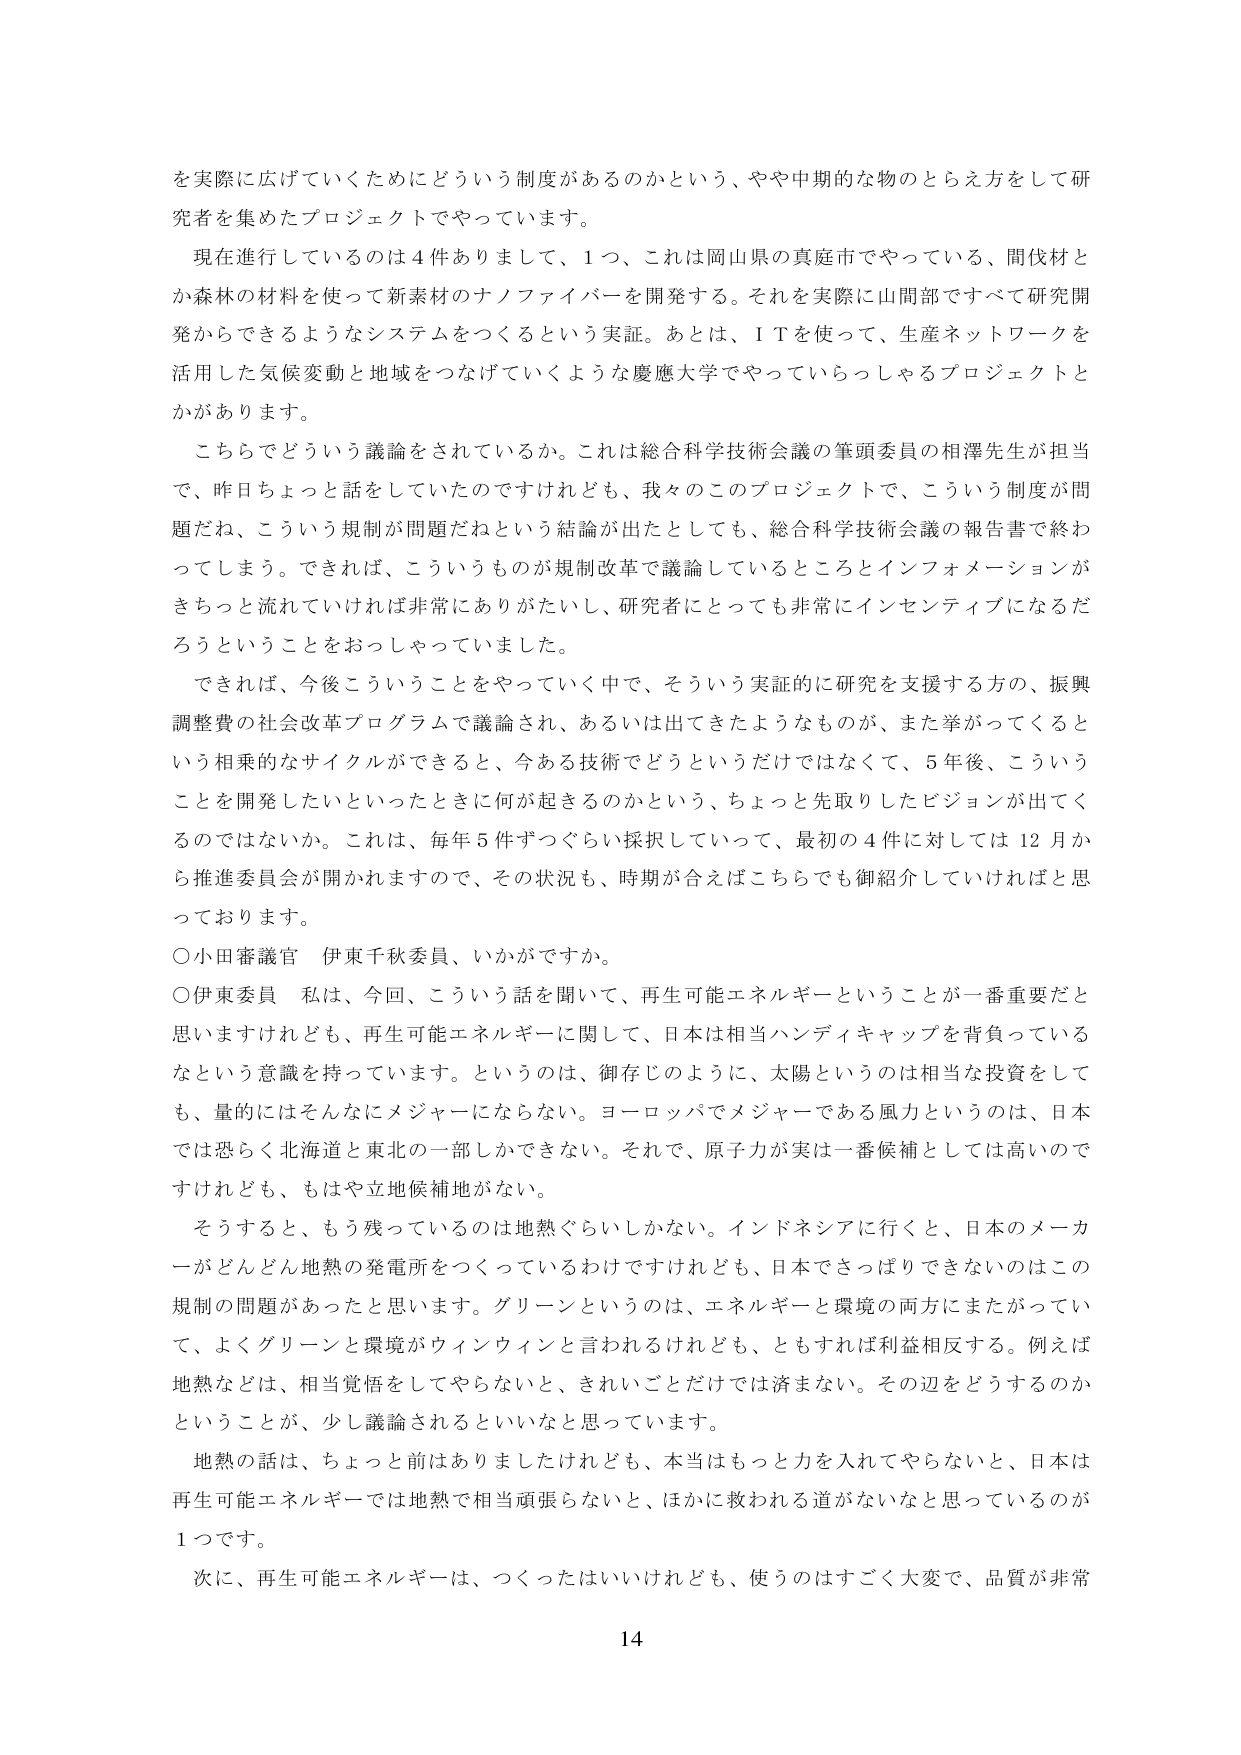
を実際に広げていくためにどういう制度があるのかという、やや中期的な物のとらえ方をして研究者を集めたプロジェクトでやっています。

現在進行しているのは４件ありまして、１つ、これは岡山県の真庭市でやっている、間伐材とか森林の材料を使って新素材のナノファイバーを開発する。それを実際に山間部ですべて研究開発からできるようなシステムをつくるという実証。あとは、ＩＴを使って、生産ネットワークを活用した気候変動と地域をつなげていくような慶應大学でやっていらっしゃるプロジェクトとかがあります。

こちらでどういう議論をされているか。これは総合科学技術会議の筆頭委員の相澤先生が担当で、昨日ちょっと話をしていただいたですけれども、我々のこのプロジェクトで、こういう制度が問題だね、こういう規制が問題だねという結論が出たとしても、総合科学技術会議の報告書で終わってしまう。できれば、こういうものが規制改革で議論しているところとインフォメーションがきちっと流れていけば非常にありがたいし、研究者にとっても非常にインセンティブになるだろうということをおっしゃっていました。

できれば、今後こういうことをやっていく中で、そういう実証的に研究を支援する方の、振興調整費の社会改革プログラムで議論され、あるいは出てきたようなものが、また挙がってくるという相乗的なサイクルができると、今ある技術でどうというだけではなくて、５年後、こういうことを開発したいといったときに何が起きるのかという、ちょっと先取りしたビジョンが出てくるのではないか。これは、毎年５件ずつぐらい採択していって、最初の４件に対しては12月から推進委員会が開かれますので、その状況も、時期が合えばこちらでも御紹介していければと思っております。

○小田審議官 伊東千秋委員、いかがですか。

○伊東委員 私は、今回、こういう話を聞いて、再生可能エネルギーということが一番重要だと思いますけれども、再生可能エネルギーに関して、日本は相当ハンディキャップを背負っているなという意識を持っています。というのは、御存じのように、太陽というのは相当な投資をしても、量的にはそんなにメジャーにならない。ヨーロッパでメジャーである風力というのは、日本では恐らく北海道と東北の一部しかできない。それで、原子力が実は一番候補としては高いのですけれども、もはや立地候補地がない。

そうすると、もう残っているのは地熱ぐらいしかない。インドネシアに行くと、日本のメーカーがどんどん地熱の発電所をつくっているわけですけれども、日本でさっぱりできないのはこの規制の問題があったと思います。グリーンというのは、エネルギーと環境の両方にまたがっていて、よくグリーンと環境がウィンウィンと言われるけれども、ともすれば利益相反する。例えば地熱などは、相当覚悟をしてやらないと、きれいごとだけでは済まない。その辺をどうするのかということが、少し議論されるといいなと思っています。

地熱の話は、ちょっと前はありましたけれども、本当はもっと力を入れてやらないと、日本は再生可能エネルギーでは地熱で相当頑張らないと、ほかに救われる道がないなと思っているのが１つです。

次に、再生可能エネルギーは、つくったはいいけれども、使うのはすごく大変で、品質が非常

14